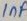
Text: 1nF